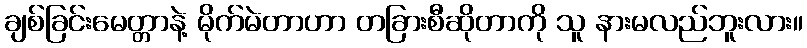
ချစ်ခြင်းမေတ္တာနဲ့ မိုက်မဲတာဟာ တခြားစီဆိုတာကို သူ နားမလည်ဘူးလား။